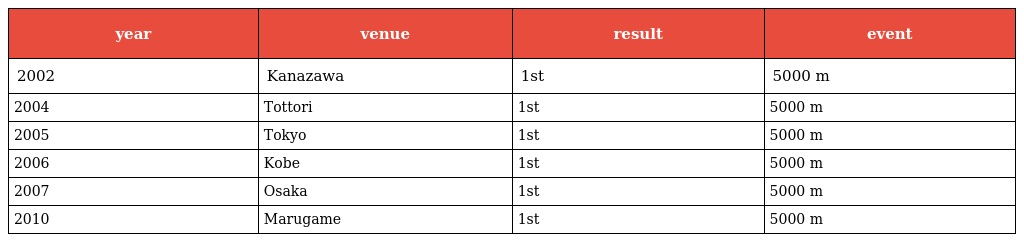
| year | venue | result | event |
 | --- | --- | --- | --- |
 | 2002 | Kanazawa | 1st | 5000 m |
 | 2004 | Tottori | 1st | 5000 m |
 | 2005 | Tokyo | 1st | 5000 m |
 | 2006 | Kobe | 1st | 5000 m |
 | 2007 | Osaka | 1st | 5000 m |
 | 2010 | Marugame | 1st | 5000 m |